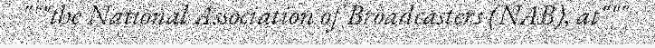
"""the National Association of Broadcasters (NAB), at"""